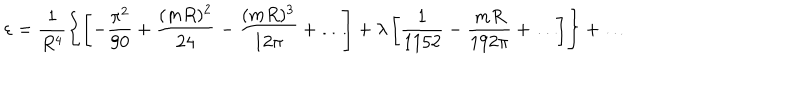
LaTeX: \varepsilon = \frac { 1 } { R ^ { 4 } } \left\{ \left[ - \frac { \pi ^ { 2 } } { 9 0 } + \frac { ( m R ) ^ { 2 } } { 2 4 } - \frac { ( m R ) ^ { 3 } } { 1 2 \pi } + \ldots \right] + \lambda \left[ \frac { 1 } { 1 1 5 2 } - \frac { m R } { 1 9 2 \pi } + \ldots \right] \right\} + \ldots